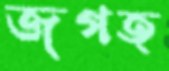
জগত্